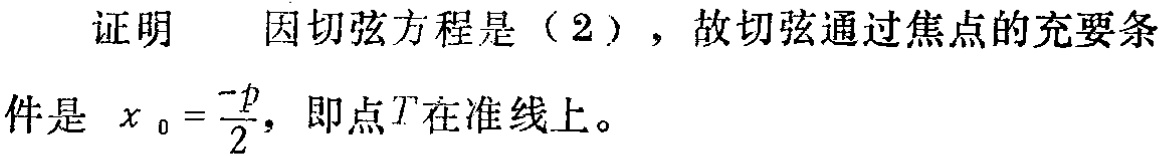
证明 因切弦方程是（2），故切弦通过焦点的充要条件是 \(x_{0}=\frac{-p}{2}\)，即点 \(T\) 在准线上。